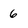
Character: 6